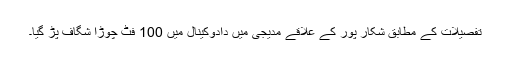
تفصیلات کے مطابق شکار پور کے علاقے مدیجی میں دادوکینال میں 100 فٹ چوڑا شگاف پڑ گیا۔